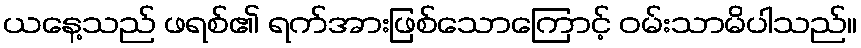
ယနေ့သည် ဖရစ်၏ ရက်အားဖြစ်သောကြောင့် ဝမ်းသာမိပါသည်။